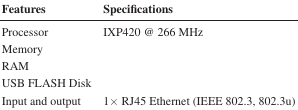
<table><thead><tr><td><b>Features</b></td><td><b>Specifications</b></td></tr></thead><tbody><tr><td>Processor</td><td>IXP420 @ 266 MHz</td></tr><tr><td>Memory</td><td>[EMPTY_CELL]</td></tr><tr><td>RAM</td><td>[EMPTY_CELL]</td></tr><tr><td>USB FLASH Disk</td><td>[EMPTY_CELL]</td></tr><tr><td>Input and output</td><td>1 × RJ45 Ethernet (IEEE 802.3, 802.3u)</td></tr></tbody></table>